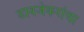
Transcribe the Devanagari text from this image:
डावजेकरांचा